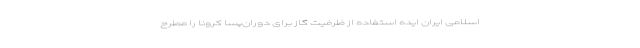
اسلامی ایران ایده استفاده از ظرفیت گاز برای دوران‌پسا کرونا را مطرح